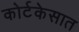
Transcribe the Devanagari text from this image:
कोर्टकेसात